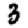
Digit: 3